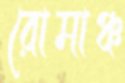
রোমাঞ্চ